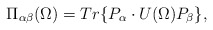
\begin{align*}\Pi_{\alpha\beta}(\Omega)=Tr\{P_\alpha\cdot U(\Omega)P_\beta\},\end{align*}